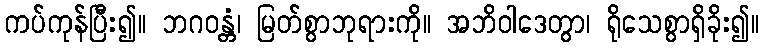
ကပ်ကုန်ပြီး၍။ ဘဂဝန္တံ၊ မြတ်စွာဘုရားကို။ အဘိဝါဒေတွာ၊ ရိုသေစွာရှိခိုး၍။